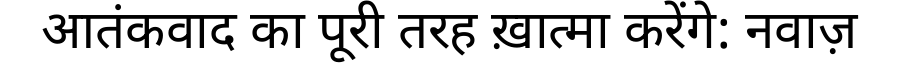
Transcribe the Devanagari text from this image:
आतंकवाद का पूरी तरह ख़ात्मा करेंगे: नवाज़